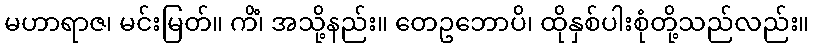
မဟာရာဇ၊ မင်းမြတ်။ ကိံ၊ အသို့နည်း။ တေဥဘောပိ၊ ထိုနှစ်ပါးစုံတို့သည်လည်း။